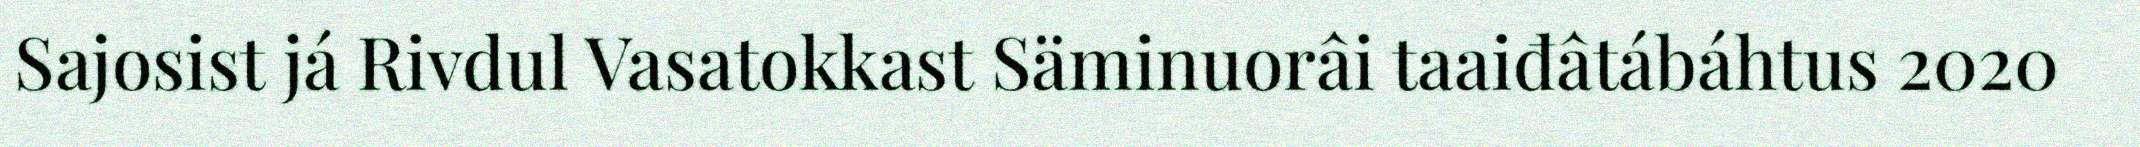
Sajosist já Rivdul Vasatokkast Säminuorâi taaiđâtábáhtus 2020